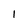
Character: 1